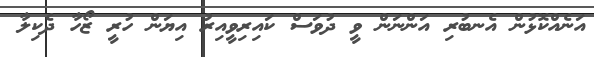
އަނެއްކޮޅުން އެނބުރި އަންނަން ވީ ދުވަސް ކައިރިވީއިރު އިޔަން ހުރީ ޒޯހާ ދެކިލާ